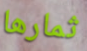
ثمارها